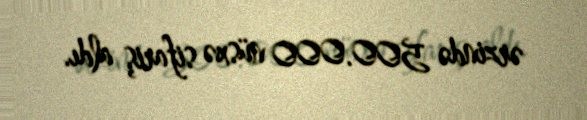
ərzində 500.000 nüsxə sifariş aldı.